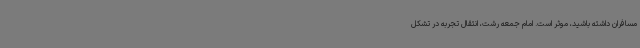
مسافران داشته باشید، موثر است. امام جمعه رشت، انتقال تجربه در تشکل